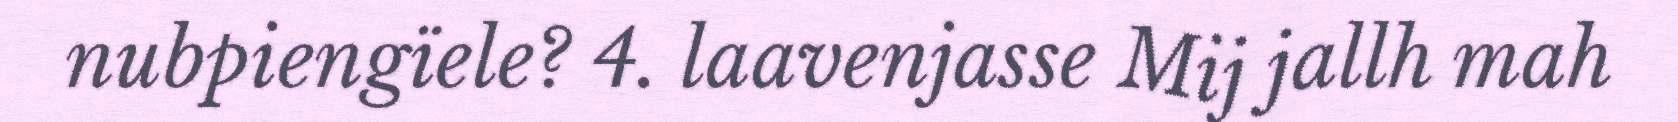
nubpiengïele? 4. laavenjasse Mij jallh mah